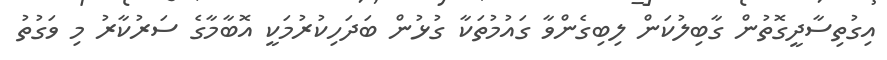
އިގުތިސާދީގޮތުން ގާބިލުކަން ލިބިގެންވާ ގައުމުތަކާ ގުޅުން ބަދަހިކުރުމަކީ އޮބާމާގެ ސަރުކާރު މި ވަގުތު